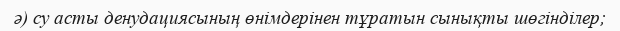
ә) су асты денудациясының өнімдерінен тұратын сынықты шөгінділер;